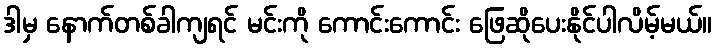
ဒါမှ နောက်တစ်ခါကျရင် မင်းကို ကောင်းကောင်း ဖြေဆိုပေးနိုင်ပါလိမ့်မယ်။